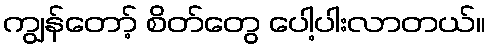
ကျွန်တော့် စိတ်တွေ ပေါ့ပါးလာတယ်။